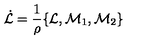
\dot { \cal { L } } = \frac 1 \rho \{ { \cal { L } } , { \cal { M } } _ { 1 } , { \cal { M } } _ { 2 } \}